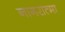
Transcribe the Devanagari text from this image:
नागरात्मा